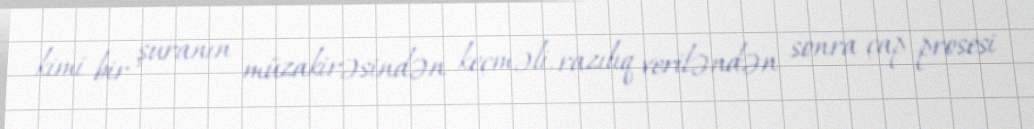
kimi bir şuranın müzakirəsindən keçməli, razılıq veriləndən sonra çap prosesi